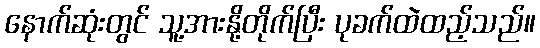
နောက်ဆုံးတွင် သူ့အားနို့တိုက်ပြီး ပုခက်ထဲထည့်သည်။